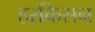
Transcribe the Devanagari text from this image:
हरकिसन